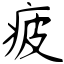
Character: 疲